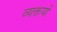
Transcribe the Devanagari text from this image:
व्यक्तयों